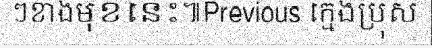
ៗខាងមុខនេះ៕Previous ក្មេងប្រុស